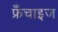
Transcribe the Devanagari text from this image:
फ्रँचाइज